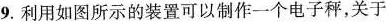
9.利用如图所示的装置可以制作一个电子秤，关于